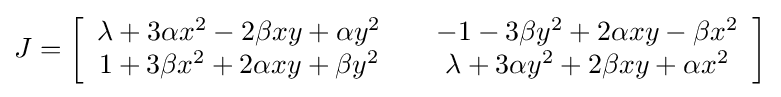
J=\left[{\begin{array}{cc}\lambda +3\alpha x^{2}-2\beta xy+\alpha y^{2}\quad &-1-3\beta y^{2}+2\alpha xy-\beta x^{2}\\1+3\beta x^{2}+2\alpha xy+\beta y^{2}\quad &\lambda +3\alpha y^{2}+2\beta xy+\alpha x^{2}\end{array}}\right]